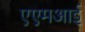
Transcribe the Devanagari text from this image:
एएमआई